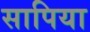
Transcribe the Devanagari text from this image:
सापिया